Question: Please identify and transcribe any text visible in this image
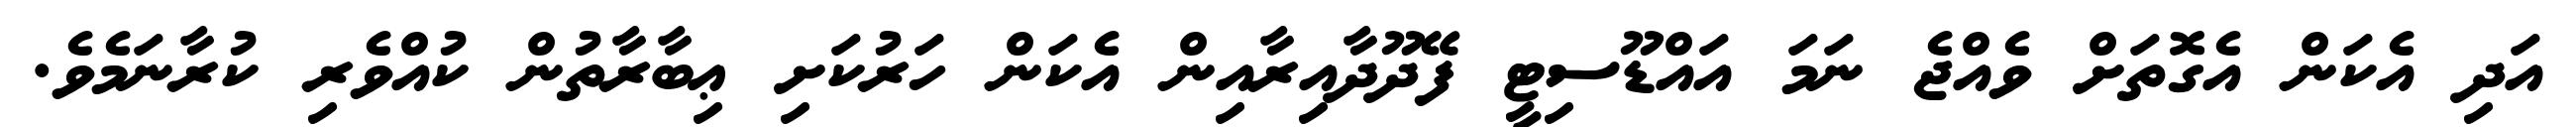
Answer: އަދި އެކަން އެގޮތަށް ވެއްޖެ ނަމަ އައްޑޫސިޓީ ފޭދޫދާއިރާއިން އެކަން ހަރުކަށި ޢިބާރާތުން ކުއްވެރި ކުރާނަމެވެ.